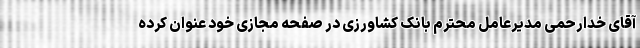
آقای خدارحمی مدیرعامل محترم بانک کشاورزی در صفحه مجازی خود عنوان کرده